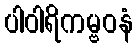
ပါဝါရိကမ္ဗဝနံ